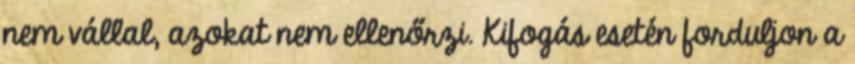
nem vállal, azokat nem ellenőrzi. Kifogás esetén forduljon a